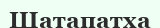
Шатапатха